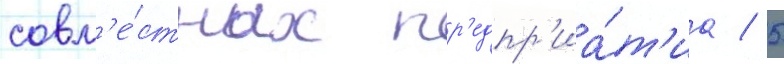
совм'е́стных пр'едпр'иа́т'иа / 5